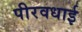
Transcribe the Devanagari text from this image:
पीरवधाई